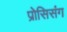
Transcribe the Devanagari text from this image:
प्रोसिसंग